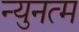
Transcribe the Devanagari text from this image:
न्युनत्म